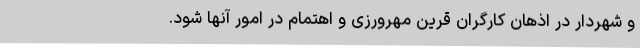
و شهردار در اذهان کارگران قرین مهرورزی و اهتمام در امور آنها شود.